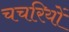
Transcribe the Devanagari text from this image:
चचरियों